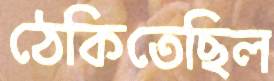
ঠেকিতেছিল